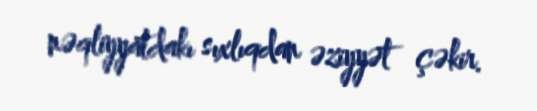
nəqliyyatdakı sıxlıqdan əziyyət çəkir.